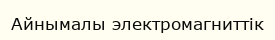
Айнымалы электромагниттік